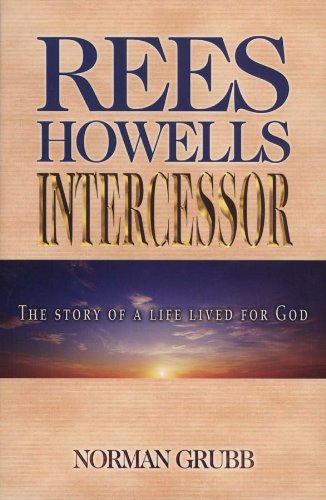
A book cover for Rees Howells: Intercessor; Norman Percy Grubb; Biographies & Memoirs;